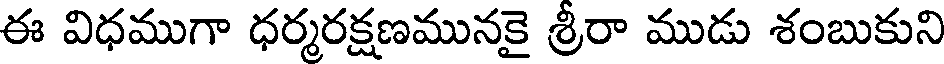
ఈ విధముగా ధర్మరక్షణమునకై శ్రీరా ముడు శంబుకుని